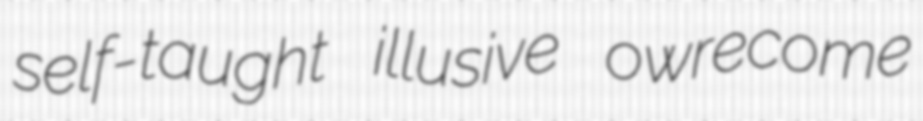
self-taught illusive owrecome